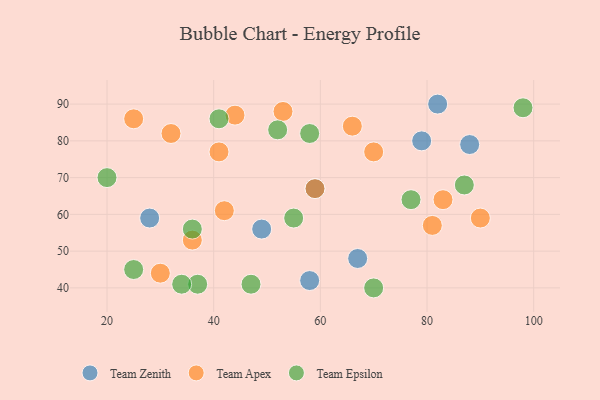
{"axis": {"x": "GDP", "y": "Life Expectancy"}, "legend": ["Team Apex", "Team Epsilon", "Team Zenith"], "data": [{"x": "49", "y": 56, "type": "Team Zenith"}, {"x": "58", "y": 42, "type": "Team Zenith"}, {"x": "82", "y": 90, "type": "Team Zenith"}, {"x": "88", "y": 79, "type": "Team Zenith"}, {"x": "67", "y": 48, "type": "Team Zenith"}, {"x": "28", "y": 59, "type": "Team Zenith"}, {"x": "59", "y": 67, "type": "Team Zenith"}, {"x": "79", "y": 80, "type": "Team Zenith"}, {"x": "81", "y": 57, "type": "Team Apex"}, {"x": "44", "y": 87, "type": "Team Apex"}, {"x": "36", "y": 53, "type": "Team Apex"}, {"x": "90", "y": 59, "type": "Team Apex"}, {"x": "32", "y": 82, "type": "Team Apex"}, {"x": "25", "y": 86, "type": "Team Apex"}, {"x": "59", "y": 67, "type": "Team Apex"}, {"x": "30", "y": 44, "type": "Team Apex"}, {"x": "42", "y": 61, "type": "Team Apex"}, {"x": "66", "y": 84, "type": "Team Apex"}, {"x": "70", "y": 77, "type": "Team Apex"}, {"x": "53", "y": 88, "type": "Team Apex"}, {"x": "41", "y": 77, "type": "Team Apex"}, {"x": "83", "y": 64, "type": "Team Apex"}, {"x": "70", "y": 40, "type": "Team Epsilon"}, {"x": "41", "y": 86, "type": "Team Epsilon"}, {"x": "37", "y": 41, "type": "Team Epsilon"}, {"x": "47", "y": 41, "type": "Team Epsilon"}, {"x": "77", "y": 64, "type": "Team Epsilon"}, {"x": "20", "y": 70, "type": "Team Epsilon"}, {"x": "58", "y": 82, "type": "Team Epsilon"}, {"x": "98", "y": 89, "type": "Team Epsilon"}, {"x": "36", "y": 56, "type": "Team Epsilon"}, {"x": "87", "y": 68, "type": "Team Epsilon"}, {"x": "52", "y": 83, "type": "Team Epsilon"}, {"x": "25", "y": 45, "type": "Team Epsilon"}, {"x": "55", "y": 59, "type": "Team Epsilon"}, {"x": "34", "y": 41, "type": "Team Epsilon"}]}